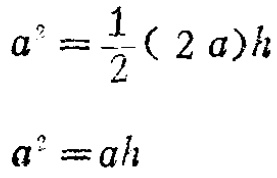
\[

\begin{align*}

a^{2}&=\frac{1}{2}(2a)h\\

a^{2}&=ah

\end{align*}

\]